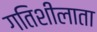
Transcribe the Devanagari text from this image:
गतिशीलाता